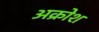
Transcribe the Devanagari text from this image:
अक्रोश